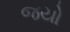
જયો